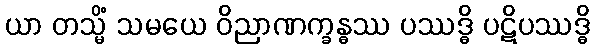
ယာ တသ္မိံ သမယေ ဝိညာဏက္ခန္ဓဿ ပဿဒ္ဓိ ပဋိပဿဒ္ဓိ